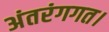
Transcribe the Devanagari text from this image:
अंतरंगगत।